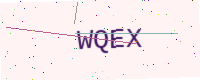
Text: WQEX